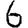
Digit: 6